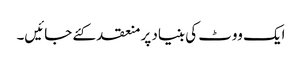
ایک ووٹ کی بنیاد پر منعقد کئے جائیں۔